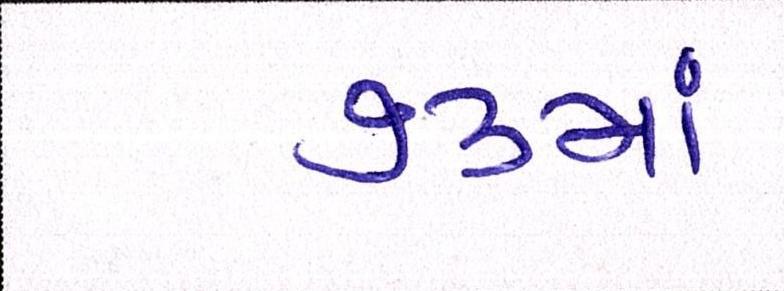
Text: ૭૩માં